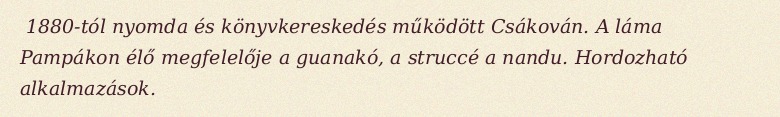
1880-tól nyomda és könyvkereskedés működött Csákován. A láma Pampákon élő megfelelője a guanakó, a struccé a nandu. Hordozható alkalmazások.